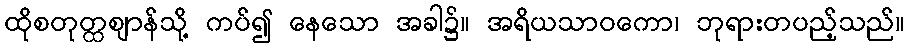
ထိုစတုတ္ထဈာန်သို့ ကပ်၍ နေသော အခါ၌။ အရိယသာဝကော၊ ဘုရားတပည့်သည်။